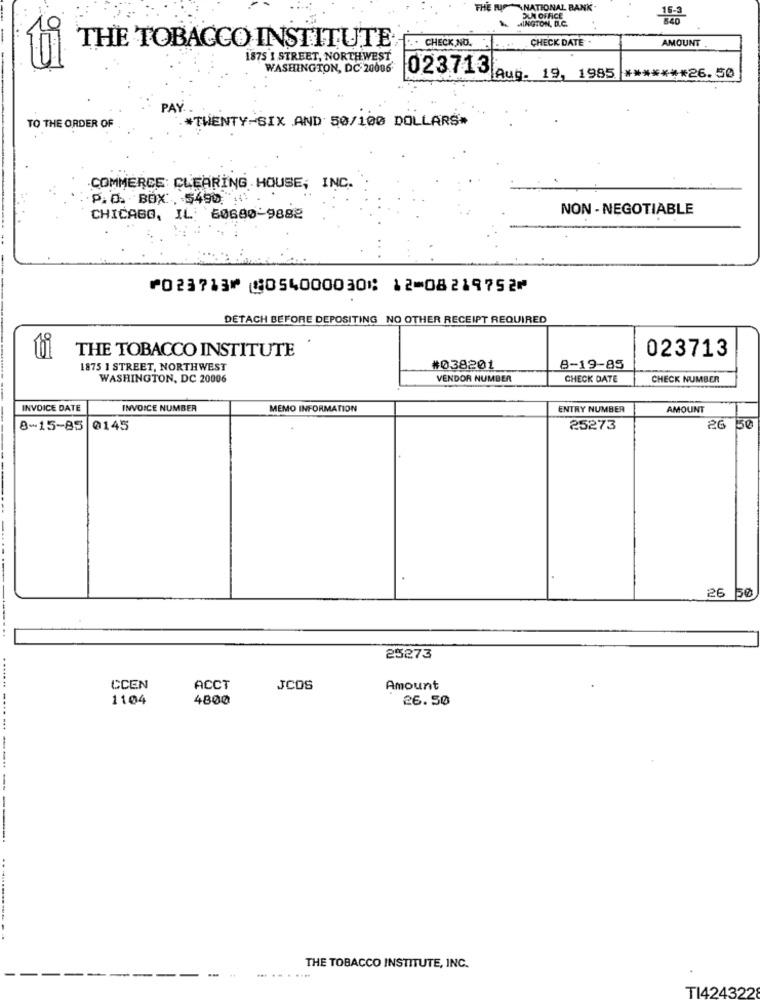
THE
NATIONAL BAN
DUM OFFICE
MINGTON, D.C.
... CHECK NO ..
CHECK DATE .
AMOUNT.
THE TOBACCO INSTITUTE
1875 1 STREET, NORTHWEST
WASHINGTON, DC 20006
023713 Aug. 19, 1985 ******* 26.50
PAY .
*TWENTY-SIX AND 50/100 DOLLARS#
TO THE ORDER OF
COMMERCE CLEARING HOUSE, INC.
P.O. BOX :. 5490.
NON- NEGOTIABLE
CHICAGO, IL 60680-9888
⑈023713⑈ ⑆054000030⑆ 12⑉08219752⑈
DETACH BEFORE DEPOSITING NO OTHER RECEIPT REQUIRED
THE TOBACCO INSTITUTE
023713
1875 ] STREET, NORTHWEST
#038201
8-19-85
WASHINGTON, DC 20006
VENDOR NUMBER
CHECK DATE
CHECK NUMBER
INVOICE DATE
INVOICE NUMBER
MEMO INFORMATION
ENTRY NUMBER
AMOUNT
8-15-85 0145
25273
26
150
26 50
25273
. ......
CCEN
ACCT
JCOS
Amount
1104
4800
26.50
---- -- --..
....
THE TOBACCO INSTITUTE, INC.
TI424322